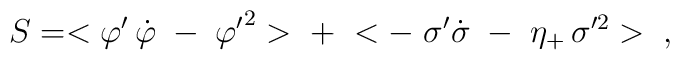
S  =  <{\varphi'}\,\dot{\varphi}\;-\;{\varphi'}^2>\;+\; <-\;\sigma'\dot{\sigma}\;-\;\eta_+\,\sigma'^2>\;\;,